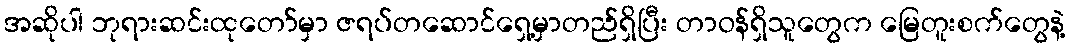
အဆိုပါ ဘုရားဆင်းထုတော်မှာ ဇရပ်တဆောင်ရှေ့မှာတည်ရှိပြီး တာဝန်ရှိသူတွေက မြေတူးစက်တွေနဲ့